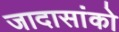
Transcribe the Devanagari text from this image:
जादासांको